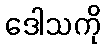
ဒေါသကို